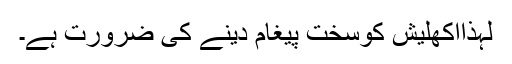
لہٰذااکھلیش کوسخت پیغام دینے کی ضرورت ہے۔